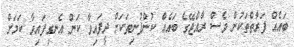
ބައެއް ފަރާތްތަކުން ވެސް ރާއްޖޭގެ ބައެއް ކުންފުނިތަކަށް ދީފައިވާ ކަން އެނގިފައިވާ ކަމަށް